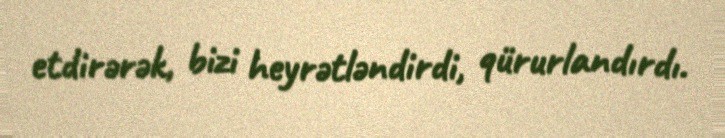
etdirərək, bizi heyrətləndirdi, qürurlandırdı.